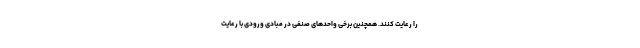
را رعایت کنند. همچنین برخی واحد‌های صنفی در مبادی ورودی با رعایت